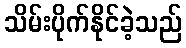
သိမ်းပိုက်နိုင်ခဲ့သည်